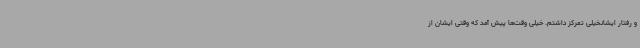
و رفتار ایشانخیلی تمرکز داشتم. خیلی وقت‌ها پیش آمد که وقتی ایشان از